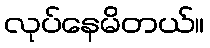
လုပ်နေမိတယ်။